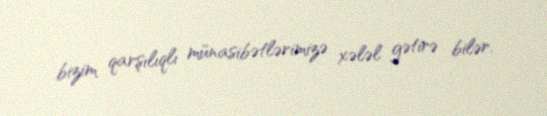
bizim qarşılıqlı münasibətlərimizə xələl gətirə bilər.